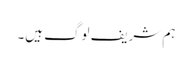
ہم شریف لوگ ہیں۔